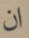
ان